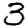
Digit: 3